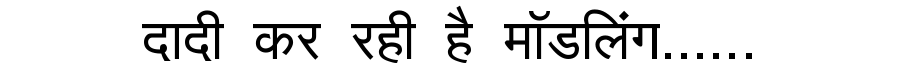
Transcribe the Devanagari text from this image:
दादी कर रही है मॉडलिंग......